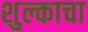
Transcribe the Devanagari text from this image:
शुल्काचा